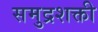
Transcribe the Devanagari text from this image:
समुद्रशक्ती